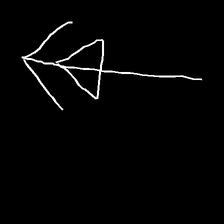
Glyph: pull